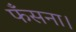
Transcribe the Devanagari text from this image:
फँसना।